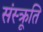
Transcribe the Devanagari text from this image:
संस्क्रूति